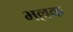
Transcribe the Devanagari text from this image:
भल्लक